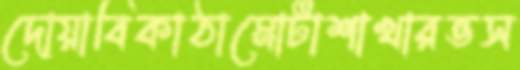
দোয়াবিকাঠামোটাশাখারভস